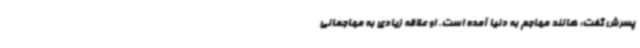
پسرش گفت: هالند مهاجم به دنیا آمده است. او علاقه زیادی به مهاجمانی